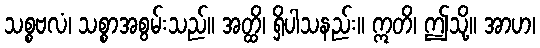
သစ္စဗလံ၊ သစ္စာအစွမ်းသည်။ အတ္ထိ၊ ရှိပါသနည်း။ ဣတိ၊ ဤသို့။ အာဟ၊